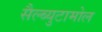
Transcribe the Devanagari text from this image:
सैल्ब्युटामोल